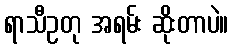
ရာသီဥတု အရမ်း ဆိုးတာပဲ။